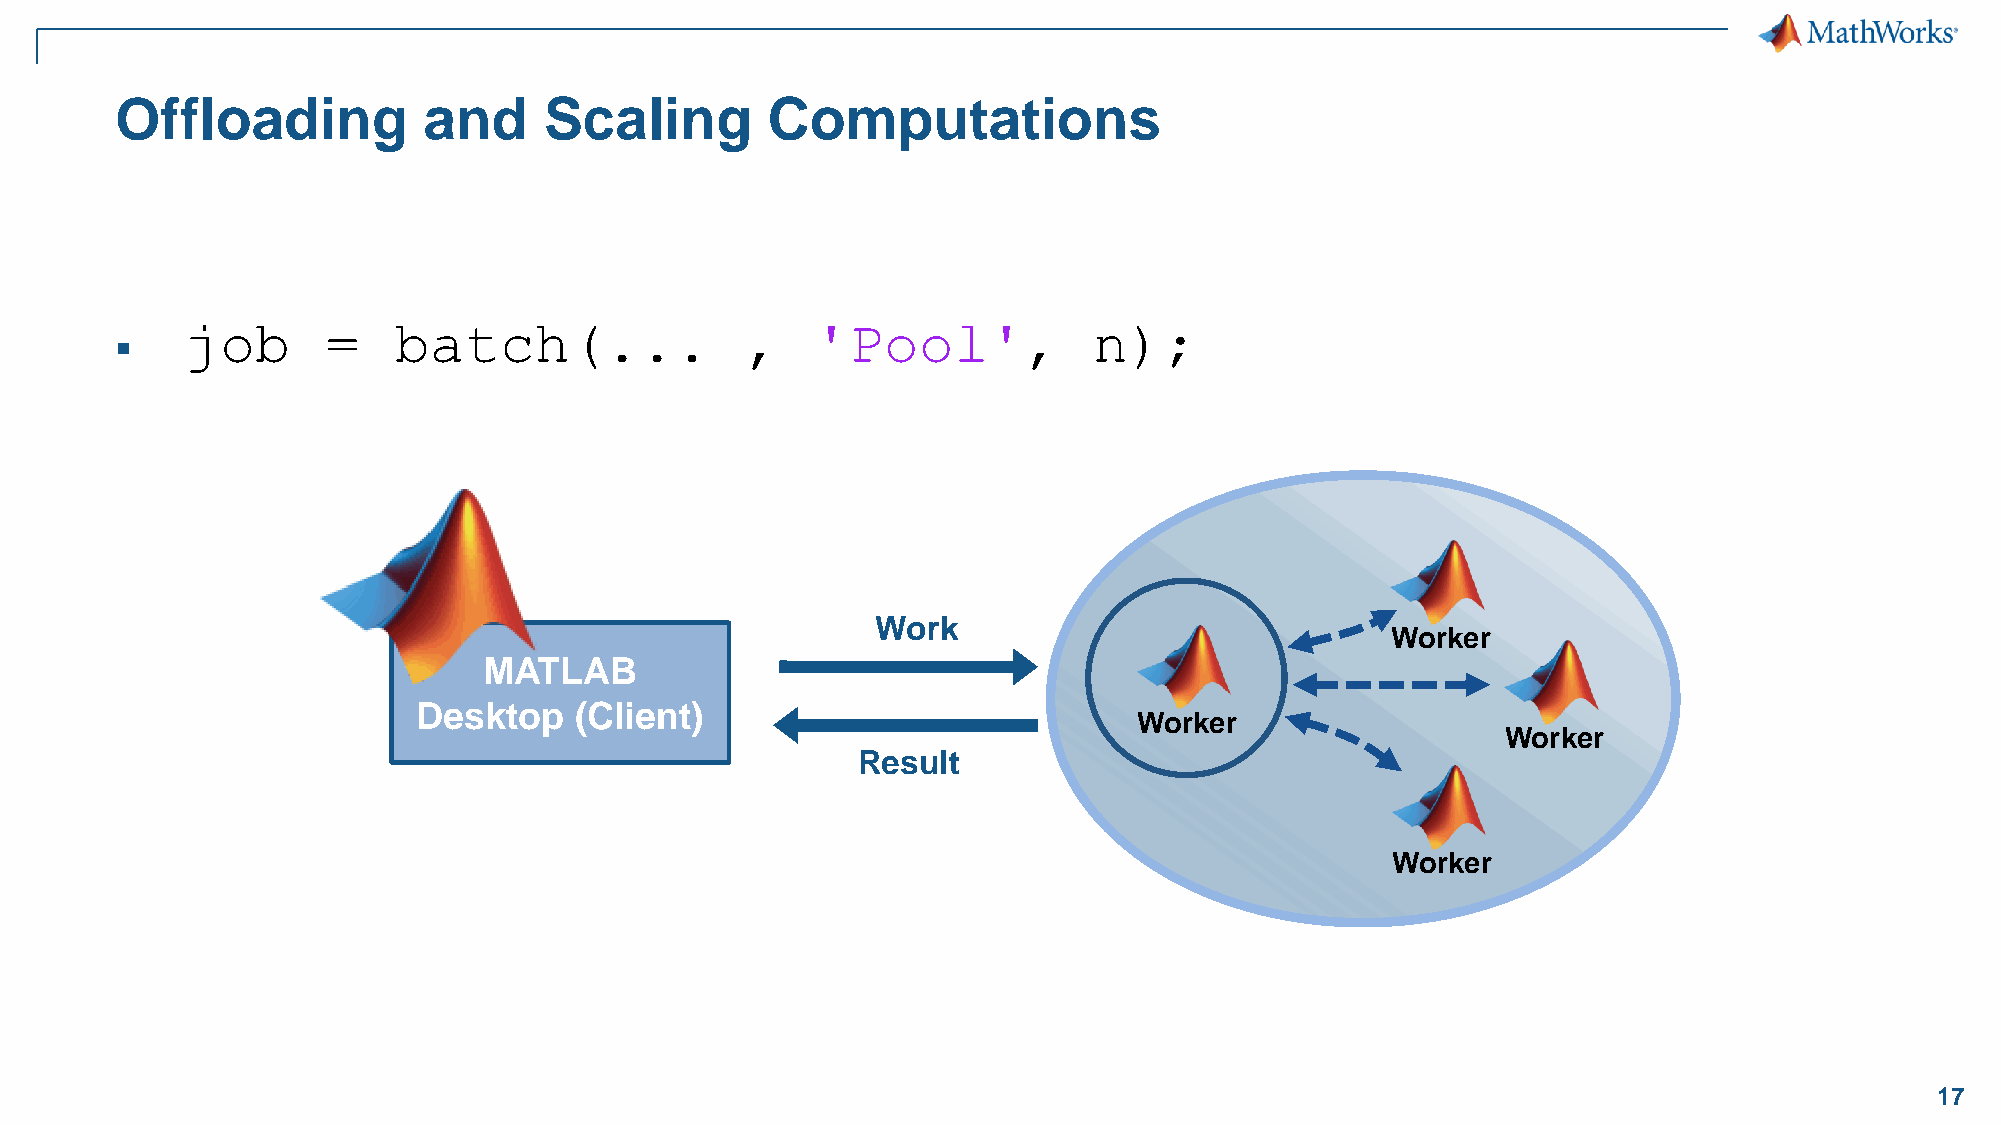
Offloading          and     Scaling        Computations
 job       =   batch(...              ,    'Pool',           n);
 ▪
 Work
 Worker
 MATLAB
 Desktop   (Client)
 Worker
 Worker
 Result
 Worker
 17